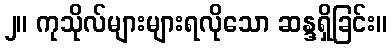
၂။ ကုသိုလ်များများရလိုသော ဆန္ဒရှိခြင်း။